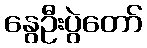
နွေဦးပွဲတော်